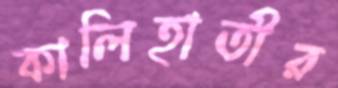
কালিহাতীর